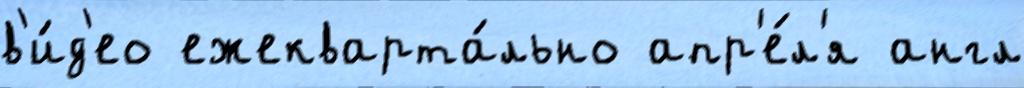
в'и́д'ео ежекварта́льно апр'е́л'я англ